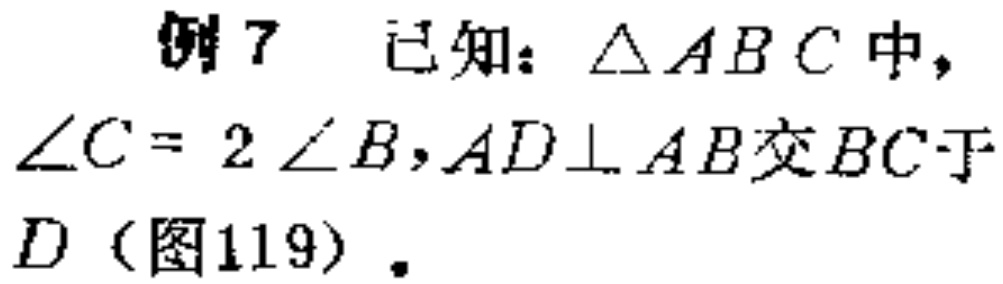
例 7 已知：$\triangle ABC$中，$\angle C = 2\angle B$，$AD\perp AB$交$BC$于$D$（图119）。